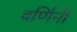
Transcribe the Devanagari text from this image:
वर्णिनी